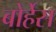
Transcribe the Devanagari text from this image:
बोर्हेस